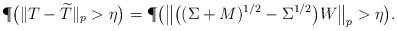
LaTeX: \begin{align*} \P\big(\|T - \widetilde T\|_p > \eta\big) = \P\big(\big\|\big((\Sigma + M)^{1/2} - \Sigma^{1/2} \big) W \big\|_p>\eta \big).\end{align*}